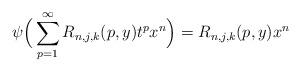
LaTeX: \begin{align*}\psi\Big(\sum_{p=1}^{\infty}R_{n,j,k}(p,y)t^{p}x^{n}\Big)=R_{n,j,k}(p,y)x^{n}\end{align*}